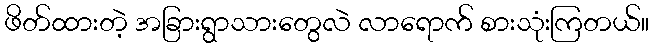
ဖိတ်ထားတဲ့ အခြားရွာသားတွေလဲ လာရောက် စားသုံးကြတယ်။